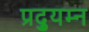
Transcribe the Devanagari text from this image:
प्रद्युम्‍न